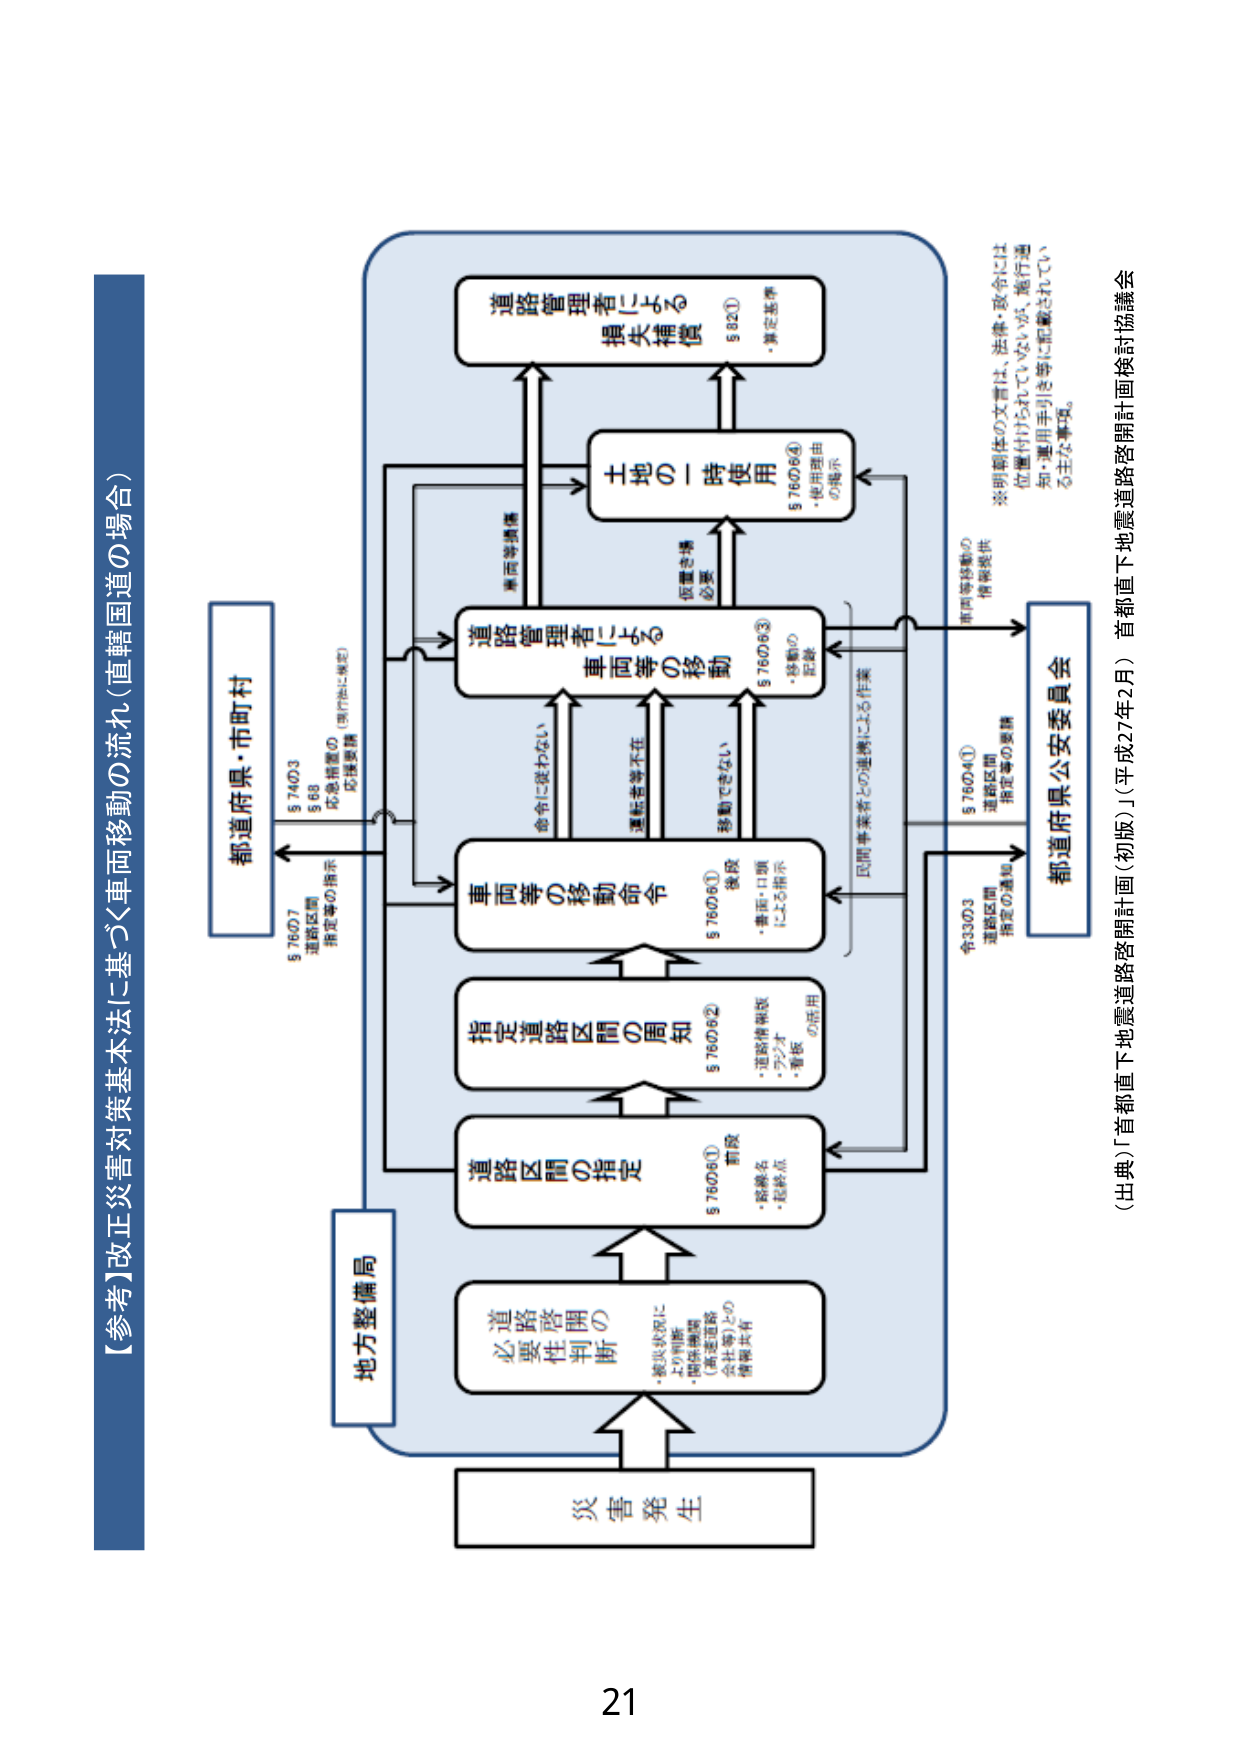
【参考】改正災害対策基本法に基づく車両移動の流れ（直轄国道の場合）

災害発生

必要性の判断
・被災状況による判断
・関係機関（警察・消防・
  会社等）との情報共有

道路区間の指定
§760条①
前段
・路線名
・起終点

指定道路区間の周知
§760条②
・道路情報板
・アラート
・看板の使用

車両等の移動命令
§760条①
後段
・事前・口頭による指示

道路管理者による車両等の移動
§760条③
・後続の記録
命令に従わない
運転者等不在
移動できない

道路管理者による標示・掲載
§82①
・指定基準

土地の使用
§760条④
・使用理由の掲示

都道府県・市町村
§760条⑦
道路区間指定等の指示
§740条③
§68
応急措置の
応援要請
（執行法に規定）

地方整備局

都道府県公安委員会
令33条③
道路区間指定の通知
§760条④①
道路区間指定等の要請
車両等移動の情報提供

民間事業者との連携による作業

※明細体の文言は、法律・政令には位置付けられていないが、施行通知・運用手引き等に記載されている主な事項。

（出典）「首都直下地震道路啓開計画（初版）」（平成27年2月）首都直下地震道路開計画検討協議会

21